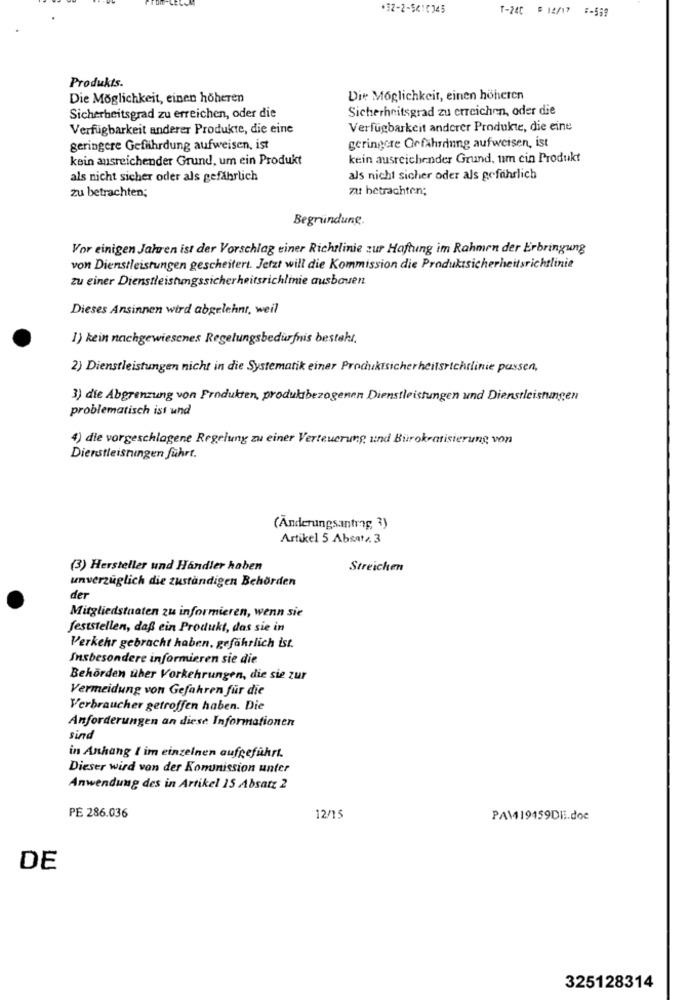
+32-2-5410345
T-240 5 12/17 5-559
Produkts.
Die Möglichkeit, einen höheren
Die Möglichkeit, einen höheren
Sicherheitsgrad zu erreichen, oder die
Sicherheitsgrad zu erreichen, oder die
Verfügbarkeit anderer Produkte, die eine
Verfügbarkeit anderer Produkte, die eine
geringere Gefährdung aufweisen, ist
geringere Gefährdung aufweisen, ist
kein ausreichender Grund, um ein Produkt
kein ausreichender Grund, um cin Produkt
als nicht sicher oder als gefährlich
als nicht sicher oder als gefährlich
zu betrachten;
zu betrachten;
Begründung.
Vor einigen Jahren ist der Vorschlag einer Richtlinie zur Haftung im Rahmen der Erbringung
von Dienstleistungen gescheitert. Jetzt will die Kommission die Produktsicherheitsrichtlinie
zu einer Dienstleistungssicherheitsrichlinie ausbauen
Dieses Ansinnen wird abgelehnt, weil
1) kein nachgewiesenes Regelungsbedürfnis besteht,
2) Dienstleistungen nicht in die Systematik einer Produktsicherheitsrichtlinie pussen,
3) die Abgrenzung von Produkten, produktbezogenen Dienstleistungen und Dienstleistungen
problematisch ist und
4) die vorgeschlagene Regelung zu einer Verteuerung und Bürokratisierung von
Dienstleistungen führt.
(Änderungsantrag, 3)
Artikel 5 Absatz. 3
(3) Hersteller und Handler haben
Streichen
unverzüglich die zuständigen Behörden
der
Mitgliedstaaten zu informieren, wenn sie
feststellen, daß ein Produkt, das sie in
Verkehr gebracht haben, gefährlich ist.
Insbesondere informieren sie die
Behörden über Vorkehrungen, die sie zur
Vermeidung von Gefahren für die
Verbraucher getroffen haben. Die
Anforderungen an diese Informationen
sind
in Anhang I im einzelnen aufgeführt.
Dieser wird von der Komunission unter
Anwendung des in Artikel 15 Absatz 2
PE 286.036
12/15
PAM419159DE.doc
DE
325128314